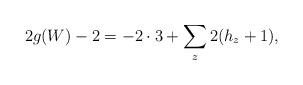
LaTeX: \begin{align*}2g(W)-2=-2\cdot 3+\sum_{z} 2(h_z+1),\end{align*}